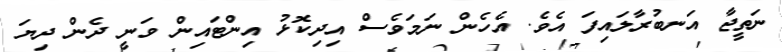
ނަތީޖާ އަނބުރާލައިފަ އެވެ. އެހެން ނަމަވެސް އިދިކޮޅު އިންޓައިން ވަނީ ދެން ދިޔަ